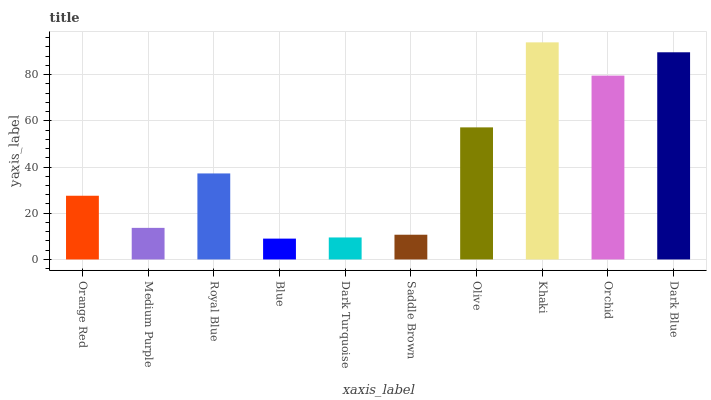
| xaxis_label | bars |
 | --- | --- |
 | Orange Red | 27.6 |
 | Medium Purple | 13.7 |
 | Royal Blue | 37.2 |
 | Blue | 9.02 |
 | Dark Turquoise | 9.52 |
 | Saddle Brown | 10.7 |
 | Olive | 57.1 |
 | Khaki | 93.9 |
 | Orchid | 79.5 |
 | Dark Blue | 89.6 |